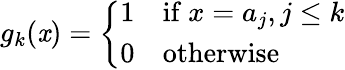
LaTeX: g_{k}(\mathit{x})=\left\{ {\begin{array}{ll}{1}&{{\mathrm{if~}}x=a_{j},j\leq k}\\ {0}&{{\mathrm{otherwise}}}\end{array}}\right.